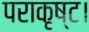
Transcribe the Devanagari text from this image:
पराकृष्ट।